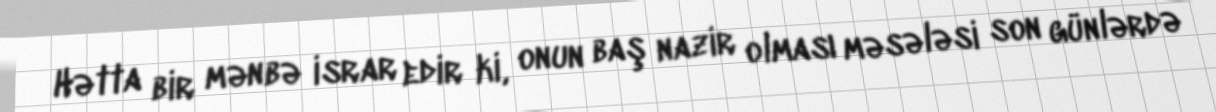
Hətta bir mənbə israr edir ki, onun baş nazir olması məsələsi son günlərdə